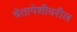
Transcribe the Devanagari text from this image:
चेतापेशीवरील